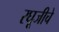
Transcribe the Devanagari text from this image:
रघूजीचे